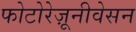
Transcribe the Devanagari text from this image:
फोटोरेज़ूनीवेसन